Report on horse surra - Volume II, Part I
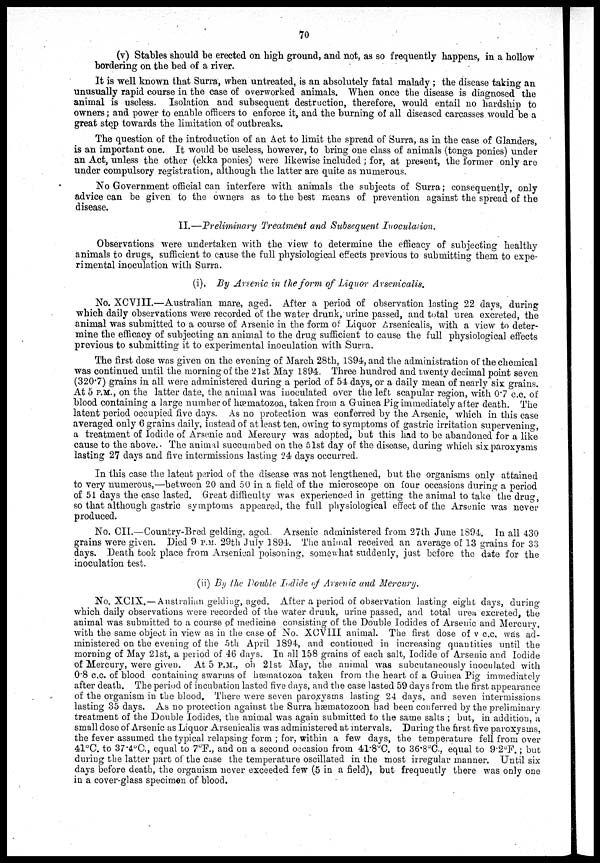
70
(v) Stables should be erected on high ground, and not, as so frequently happens, in a hollow
bordering on the bed of a river.
It is well known that Surra, when untreated, is an absolutely fatal malady ; the disease taking an
unusually rapid course in the case of overworked animals. When once the disease is diagnosed the
animal is useless. Isolation and subsequent destruction, therefore, would entail no hardship to
owners; and power to enable officers to enforce it, and the burning of all diseased carcasses would be a
great step towards the limitation of outbreaks.
The question of the introduction of an Act to limit the spread of Surra, as in the case of Glanders,
is an important one. It would be useless, however, to bring one class of animals (tonga ponies) under
an Act, unless the other (ekka ponies) were likewise included; for, at present, the former only are
under compulsory registration, although the latter are quite as numerous.
No Government official can interfere with animals the subjects of Surra; consequently, only
advice can be given to the owners as to the best means of prevention against the spread of the
disease.
II.—Preliminary Treatment and Subsequent
Inoculation.
Observations were undertaken with the view to determine the efficacy of subjecting healthy
animals to drugs, sufficient to cause the full physiological effects previous to submitting them to expe-
rimental inoculation with Surra.
(i). By Arsenic in the form of Liquor
Arsenicalis.
No. XCVIII.—Australian mare, aged. After a period of observation lasting 22 days, during
which daily observations were recorded of the water drunk, urine passed, and total urea excreted, the
animal was submitted to a course of Arsenic in the form of Liquor Arsenicalis, with a view to deter-
mine the efficacy of subjecting an animal to the drug sufficient to cause the full physiological effects
previous to submitting it to experimental inoculation with Surra.
The first dose was given on the evening of March 28th, 1894, and the administration of the chemical
was continued until the morning of the 21st May 1894. Three hundred and twenty decimal point seven
(320.7) grains in all were administered during a period of 54 days, or a daily mean of nearly six grains.
At 5 P.M., on the latter date, the animal was inoculated over the left scapular region, with 0.7 c.c. of
blood containing a large number of hæmtozoa, taken from a Guinea Pig immediately after death. The
latent period occupied five days. As no protection was conferred by the Arsenic, which in this case
averaged only 6 grains daily, instead of at least ten, owing to symptoms of gastric irritation supervening,
a treatment of Iodide of Arsenic and Mercury was adopted, but this had to be abandoned for a like
cause to the above. The animal succumbed on the 51st day of the disease, during which six paroxysms
lasting 27 days and five intermissions lasting 24 days occurred.
In this case the latent period of the disease was not lengthened, but the organisms only attained
to very numerous,—between 20 and 50 in a field of the microscope on four occasions during a period
of 51 days the case lasted. Great difficulty was experienced in getting the animal to take the drug,
so that although gastric symptoms appeared, the full physiological effect of the Arsenic was never
produced.
No. CII.—Country-Bred gelding, aged. Arsenic administered from 27th June 1894. In all 430
grains were given. Died 9 P.M. 29th July 1894. The animal received an average of 13 grains for 33
days. Death took place from Arsenical poisoning, somewhat suddenly, just before the date for the
inoculation test.
(ii) By the Double Iodide of Arsenic and Mercury.
No. XCIX. — Australian gelding, aged. After a period of observation lasting eight days, during
which daily observations were recorded of the water drunk, urine passed, and total urea excreted, the
animal was submitted to a course of medicine consisting of the Double Iodides of Arsenic and Mercury,
with the same object in view as in the case of No. XCVIII animal. The first dose of v c.c. was ad-
ministered on the evening of the 5th April 1894, and continued in increasing quantities until the
morning of May 21st, a period of 46 days. In all 158 grains of each salt, Iodide of Arsenic and Iodide
of Mercury, were given. At 5 P.M., on 21st May, the animal was subcutaneously inoculated with
0.8 c.c. of blood containing swarms of hæmatozoa taken from the heart of a Guinea Pig immediately
after death. The period of incubation lasted five days, and the case lasted 59 days from the first appearance
of the organism in the blood. There were seven paroxysms lasting 24 days, and seven intermissions
lasting 35 days. As no protection against the Surra hæmatozoon had been conferred by the preliminary
treatment of the Double Iodides, the animal was again submitted to the same salts ; but, in addition, a
small dose of Arsenic as Liquor Arsenicalis was administered at intervals. During the first five paroxysms,
the fever assumed the typical relapsing form ; for, within a few days, the temperature fell from over
41°C. to 37.4°C., equal to 7°F., and on a second occasion from 41.8°C. to 36.8°C., equal to 9.2°F.; but
during the latter part of the case the temperature oscillated in the most irregular manner. Until six
days before death, the organism never exceeded few (5 in a field), but frequently there was only one
in a cover-glass specimen of blood.